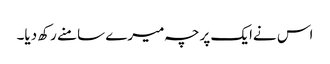
اس نےایک پرچہ میرے سامنے رکھ دیا۔